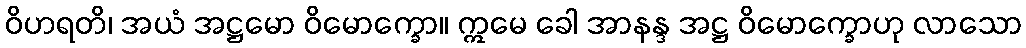
ဝိဟရတိ၊ အယံ အဋ္ဌမော ဝိမောက္ခော။ ဣမေ ခေါ အာနန္ဒ အဋ္ဌ ဝိမောက္ခောဟု လာသော